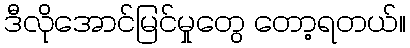
ဒီလိုအောင်မြင်မှုတွေ တော့ရတယ်။